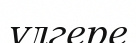
үлгере